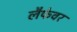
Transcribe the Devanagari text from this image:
लैफेवर